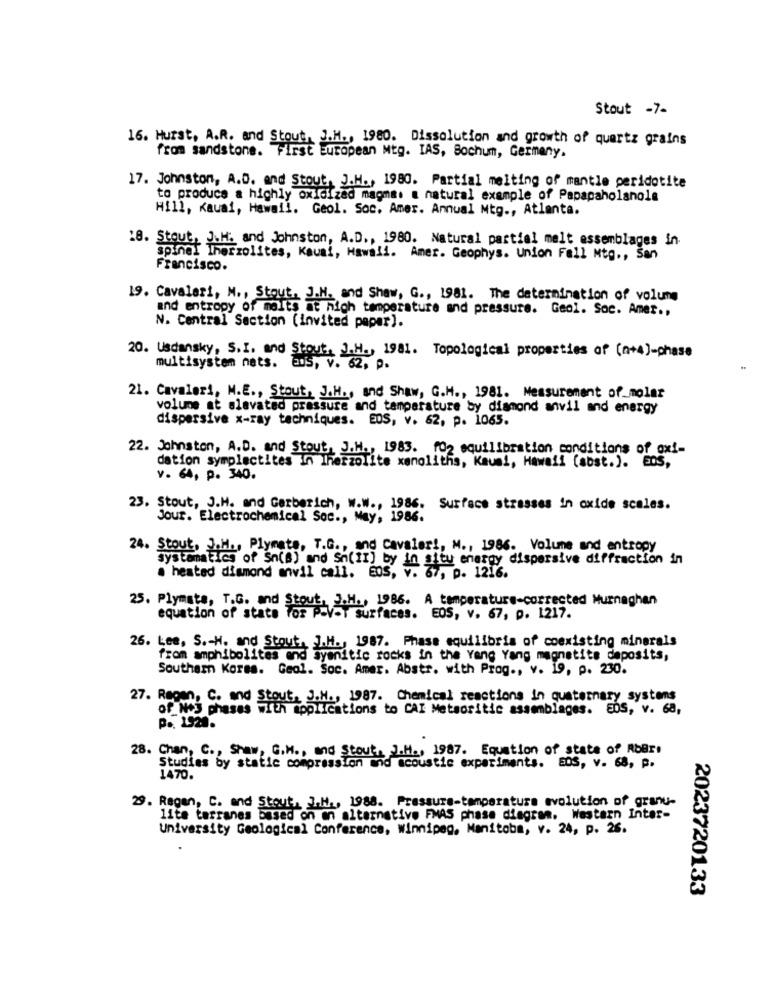
Stout -7-
16. Hurst, A.R. and Stout, J.M ., 1980. Dissolution and growth of quartz grains
from sandstone. First European Mtg. IAS, Bochum, Germany.
17. Johnston, A.D. and Stout, J.H ., 1980. Partial melting of mantle peridotite
to produce a highly oxidized
KIGizad magma. a natural example of Papapaholanola
Hill, Kauai, Hawall. Geol. Soc. Amer. Annual Mtg ., Atlanta.
18. Stout, J.H. and Johnston, A.D ., 1980. Natural partiel melt assemblages in.
spinal Therzolites, Kauai, Hawaii. Amer. Geophys. Union Fall Mtg ., San
Francisco.
19. Cavalari, M ., Stout, J.H. and Shaw, G ., 1981. The determination of volune
and entropy of malts at high temperature and pressure. Geol. Soc. Amet .,
N. Central Section (invited paper).
20. Usdansky, S.I. and Stout, J.H ., 1981. Topological properties of (n+4)-chase
multisystem nets.
BOS, v. 62, p.
21. Cavaleri, M.E ., Stout, J.H ., and Shaw, G.H ., 1981. Measurement of_molar
volume at elevated pressure and temperature by diamond anvil and energy
dispersive x-ray techniques. EDS, v. 62, p. 1065.
22. Johnston, A.D. and Stout, J.H ., 1985. fO2 equilibration conditions of px !-
dation symplectites In Iherzolite xenoliths, Kaum !, Hawaii (abst.). ES,
v. 64, p. 340.
23. Stout, J.H. and Gerberich, W.W ., 1986. Surface strasses in oxide scales.
Jour. Electrochemical Soc ., May, 1986.
24. Stout, J.M ., Plymate, T.G ., and Cavaler !, M ., 1986. Volume and entropy
systematics of Sn(s) and Sh(II) by in situ energy dispersive diffraction in
. heated diamond anwil call. EOS, v. 67, p. 1216.
25. Plymata, T.G. and Stout, J.H ., 1986. A temperature-corrected Murnaghan
equation of state for P=Vel surfaces. EOS, v. 67, p. 1217.
26. Lee, S .- H. and Stout, J.M ., 1987. Phase equilibris of coexisting minerals
from amphibolites and syenitic rocks in the Yang Yang magnetite deposits,
Southern Korss. Geol. Soc. Amer. Abstr. with Prog ., v. 19, p. 230.
27. Regen, C. and Stout, J.M ., 1987. Chemical reactions in quaternary systems
of N+3 phases with applications to CAI Meteoritic assemblages. EDS, v. 68,
p ., 1920.
28. Chan, C ., Shaw, G.M ., and Stout, J.H ., 1987. Equation of state of RbBri
Studies by static compressIon and acoustic experiments. BOS, v. 68, p.
1470.
29. Regen, C. and Stout, J.H ., 1988. Pressure-temperature evolution of granu-
lite tarranes based on an alternative FMAS phase diagram. Western Inter-
University Geological Conference, Winnipeg. Manitoba, v. 24, p. 26.
2023720133